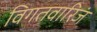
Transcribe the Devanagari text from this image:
विगतवारिजं